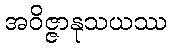
အဝိဇ္ဇာနုသယဿ